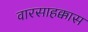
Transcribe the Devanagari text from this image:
वारसाहक्कास